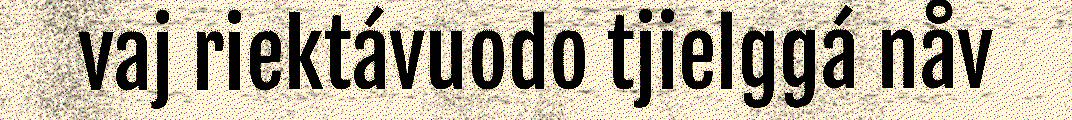
vaj riektávuodo tjielggá nåv